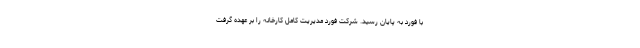
با فورد به پایان رسید. شرکت فورد مدیریت کامل کارخانه را بر عهده گرفت